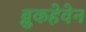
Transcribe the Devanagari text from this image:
ब्रुकहेवेन